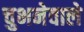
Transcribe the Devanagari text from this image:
चुभनेवाले